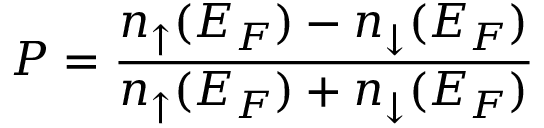
P = \frac { { n _ { \uparrow } ( E _ { F } ) } - { n _ { \downarrow } ( E _ { F } ) } } { { n _ { \uparrow } ( E _ { F } ) } + { n _ { \downarrow } ( E _ { F } ) } }